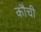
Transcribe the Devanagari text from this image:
कौची